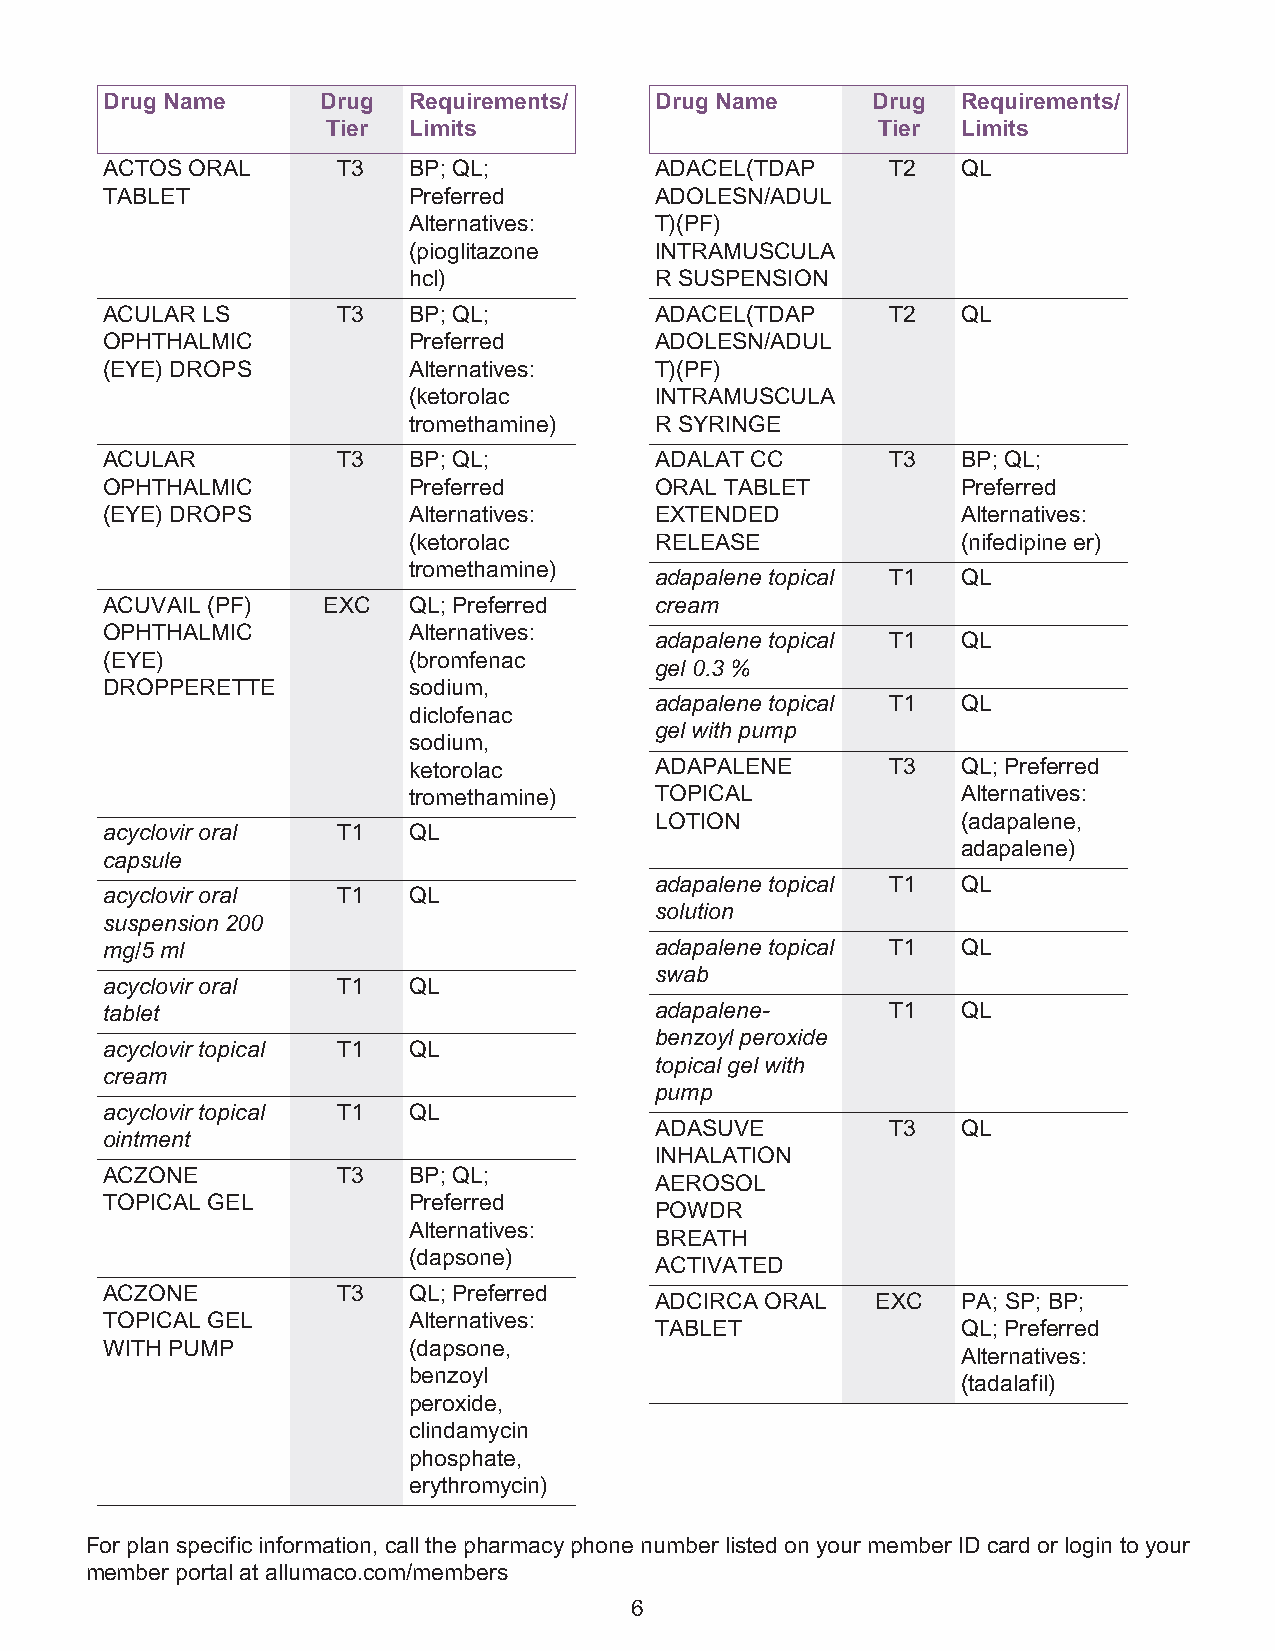
Drug Name     Drug  Requirements/   Drug Name      Drug  Requirements/
 Tier Limits                         Tier  Limits
 ACTOS ORAL     T3   BP; QL;         ADACEL(TDAP     T2   QL
 TABLET              Preferred       ADOLESN/ADUL
 Alternatives:   T)(PF)
 (pioglitazone   INTRAMUSCULA
 hcl)            R SUSPENSION
 ACULAR LS      T3   BP; QL;         ADACEL(TDAP     T2   QL
 OPHTHALMIC          Preferred       ADOLESN/ADUL
 (EYE) DROPS         Alternatives:   T)(PF)
 (ketorolac      INTRAMUSCULA
 tromethamine)   R SYRINGE
 ACULAR         T3   BP; QL;         ADALAT CC       T3   BP; QL;
 OPHTHALMIC          Preferred       ORAL TABLET          Preferred
 (EYE) DROPS         Alternatives:   EXTENDED             Alternatives:
 (ketorolac      RELEASE              (nifedipine er)
 tromethamine)
 adapalene topical T1 QL
 ACUVAIL (PF)  EXC   QL; Preferred   cream
 OPHTHALMIC          Alternatives:
 adapalene topical T1 QL
 (EYE)               (bromfenac
 gel 0.3 %
 DROPPERETTE         sodium,
 adapalene topical T1 QL
 diclofenac
 gel with pump
 sodium,
 ketorolac       ADAPALENE       T3   QL; Preferred
 tromethamine)   TOPICAL              Alternatives:
 LOTION               (adapalene,
 acyclovir oral T1   QL
 adapalene)
 capsule
 adapalene topical T1 QL
 acyclovir oral T1   QL
 solution
 suspension 200
 mg/5 ml                             adapalene topical T1 QL
 swab
 acyclovir oral T1   QL
 tablet                              adapalene-      T1   QL
 benzoyl peroxide
 acyclovir topical T1 QL
 topical gel with
 cream
 pump
 acyclovir topical T1 QL
 ADASUVE         T3   QL
 ointment
 INHALATION
 ACZONE         T3   BP; QL;
 AEROSOL
 TOPICAL GEL         Preferred
 POWDR
 Alternatives:
 BREATH
 (dapsone)
 ACTIVATED
 ACZONE         T3   QL; Preferred
 ADCIRCA ORAL   EXC   PA; SP; BP;
 TOPICAL GEL         Alternatives:
 TABLET               QL; Preferred
 WITH PUMP           (dapsone,
 Alternatives:
 benzoyl
 (tadalafil)
 peroxide,
 clindamycin
 phosphate,
 erythromycin)
 For plan specific information, call the pharmacy phone number listed on your member ID card or login to your
 member portal at allumaco.com/members
 6